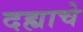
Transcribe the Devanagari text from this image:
दह्याचे